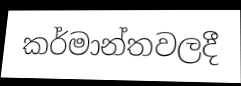
කර්මාන්තවලදී